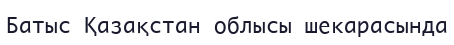
Батыс Қазақстан облысы шекарасында